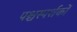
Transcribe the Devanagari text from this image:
पश्चस्पर्शकों